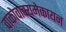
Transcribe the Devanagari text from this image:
वाकोवाक्यमेकायन